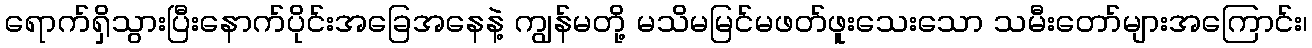
ရောက်ရှိသွားပြီးနောက်ပိုင်းအခြေအနေနဲ့ ကျွန်မတို့ မသိမမြင်မဖတ်ဖူးသေးသော သမီးတော်များအကြောင်း၊